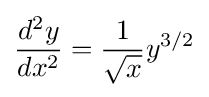
{\frac {d^{2}y}{dx^{2}}}={\frac {1}{\sqrt {x}}}y^{3/2}